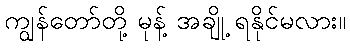
ကျွန်တော်တို့ မုန့် အချို့ ရနိုင်မလား။